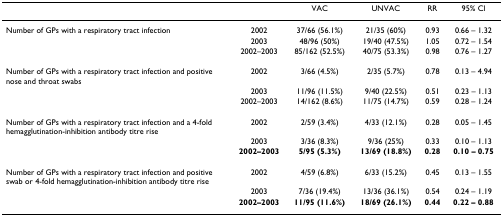
<table><thead><tr><td></td><td></td><td><b>VAC</b></td><td><b>UNVAC</b></td><td><b>RR</b></td><td><b>95% Cl</b></td></tr></thead><tbody><tr><td>Number of GPs with a respiratory tract infection</td><td>2002</td><td>37/66 (56.1%)</td><td>21/35 (60%)</td><td>0.93</td><td>0.66 – 1.32</td></tr><tr><td></td><td>2003</td><td>48/96 (50%)</td><td>19/40 (47.5%)</td><td>1.05</td><td>0.72 – 1.54</td></tr><tr><td></td><td>2002–2003</td><td>85/162 (52.5%)</td><td>40/75 (53.3%)</td><td>0.98</td><td>0.76 – 1.27</td></tr><tr><td>Number of GPs with a respiratory tract infection and positive nose and throat swabs</td><td>2002</td><td>3/66 (4.5%)</td><td>2/35 (5.7%)</td><td>0.78</td><td>0.13 – 4.94</td></tr><tr><td></td><td>2003</td><td>11/96 (11.5%)</td><td>9/40 (22.5%)</td><td>0.51</td><td>0.23 – 1.13</td></tr><tr><td></td><td>2002–2003</td><td>14/162 (8.6%)</td><td>11/75 (14.7%)</td><td>0.59</td><td>0.28 – 1.24</td></tr><tr><td>Number of GPs with a respiratory tract infection and a 4-fold hemagglutination-inhibition antibody titre rise</td><td>2002</td><td>2/59 (3.4%)</td><td>4/33 (12.1%)</td><td>0.28</td><td>0.05 – 1.45</td></tr><tr><td></td><td>2003</td><td>3/36 (8.3%)</td><td>9/36 (25%)</td><td>0.33</td><td>0.10 – 1.13</td></tr><tr><td></td><td><b>2002–2003</b></td><td><b>5/95 (5.3%)</b></td><td><b>13/69 (18.8%)</b></td><td><b>0.28</b></td><td><b>0.10 – 0.75</b></td></tr><tr><td>Number of GPs with a respiratory tract infection and positive swab or 4-fold hemagglutination-inhibition antibody titre rise</td><td>2002</td><td>4/59 (6.8%)</td><td>6/33 (15.2%)</td><td>0.45</td><td>0.13 – 1.55</td></tr><tr><td></td><td>2003</td><td>7/36 (19.4%)</td><td>13/36 (36.1%)</td><td>0.54</td><td>0.24 – 1.19</td></tr><tr><td></td><td><b>2002–2003</b></td><td><b>11/95 (11.6%)</b></td><td><b>18/69 (26.1%)</b></td><td><b>0.44</b></td><td><b>0.22 – 0.88</b></td></tr></tbody></table>